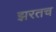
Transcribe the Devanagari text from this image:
झरतच